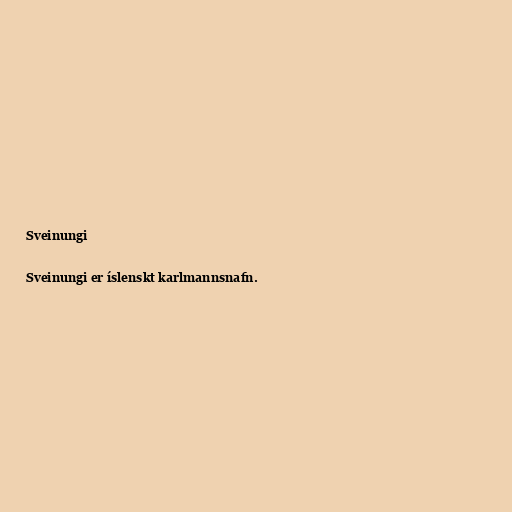
Sveinungi

Sveinungi er íslenskt karlmannsnafn.